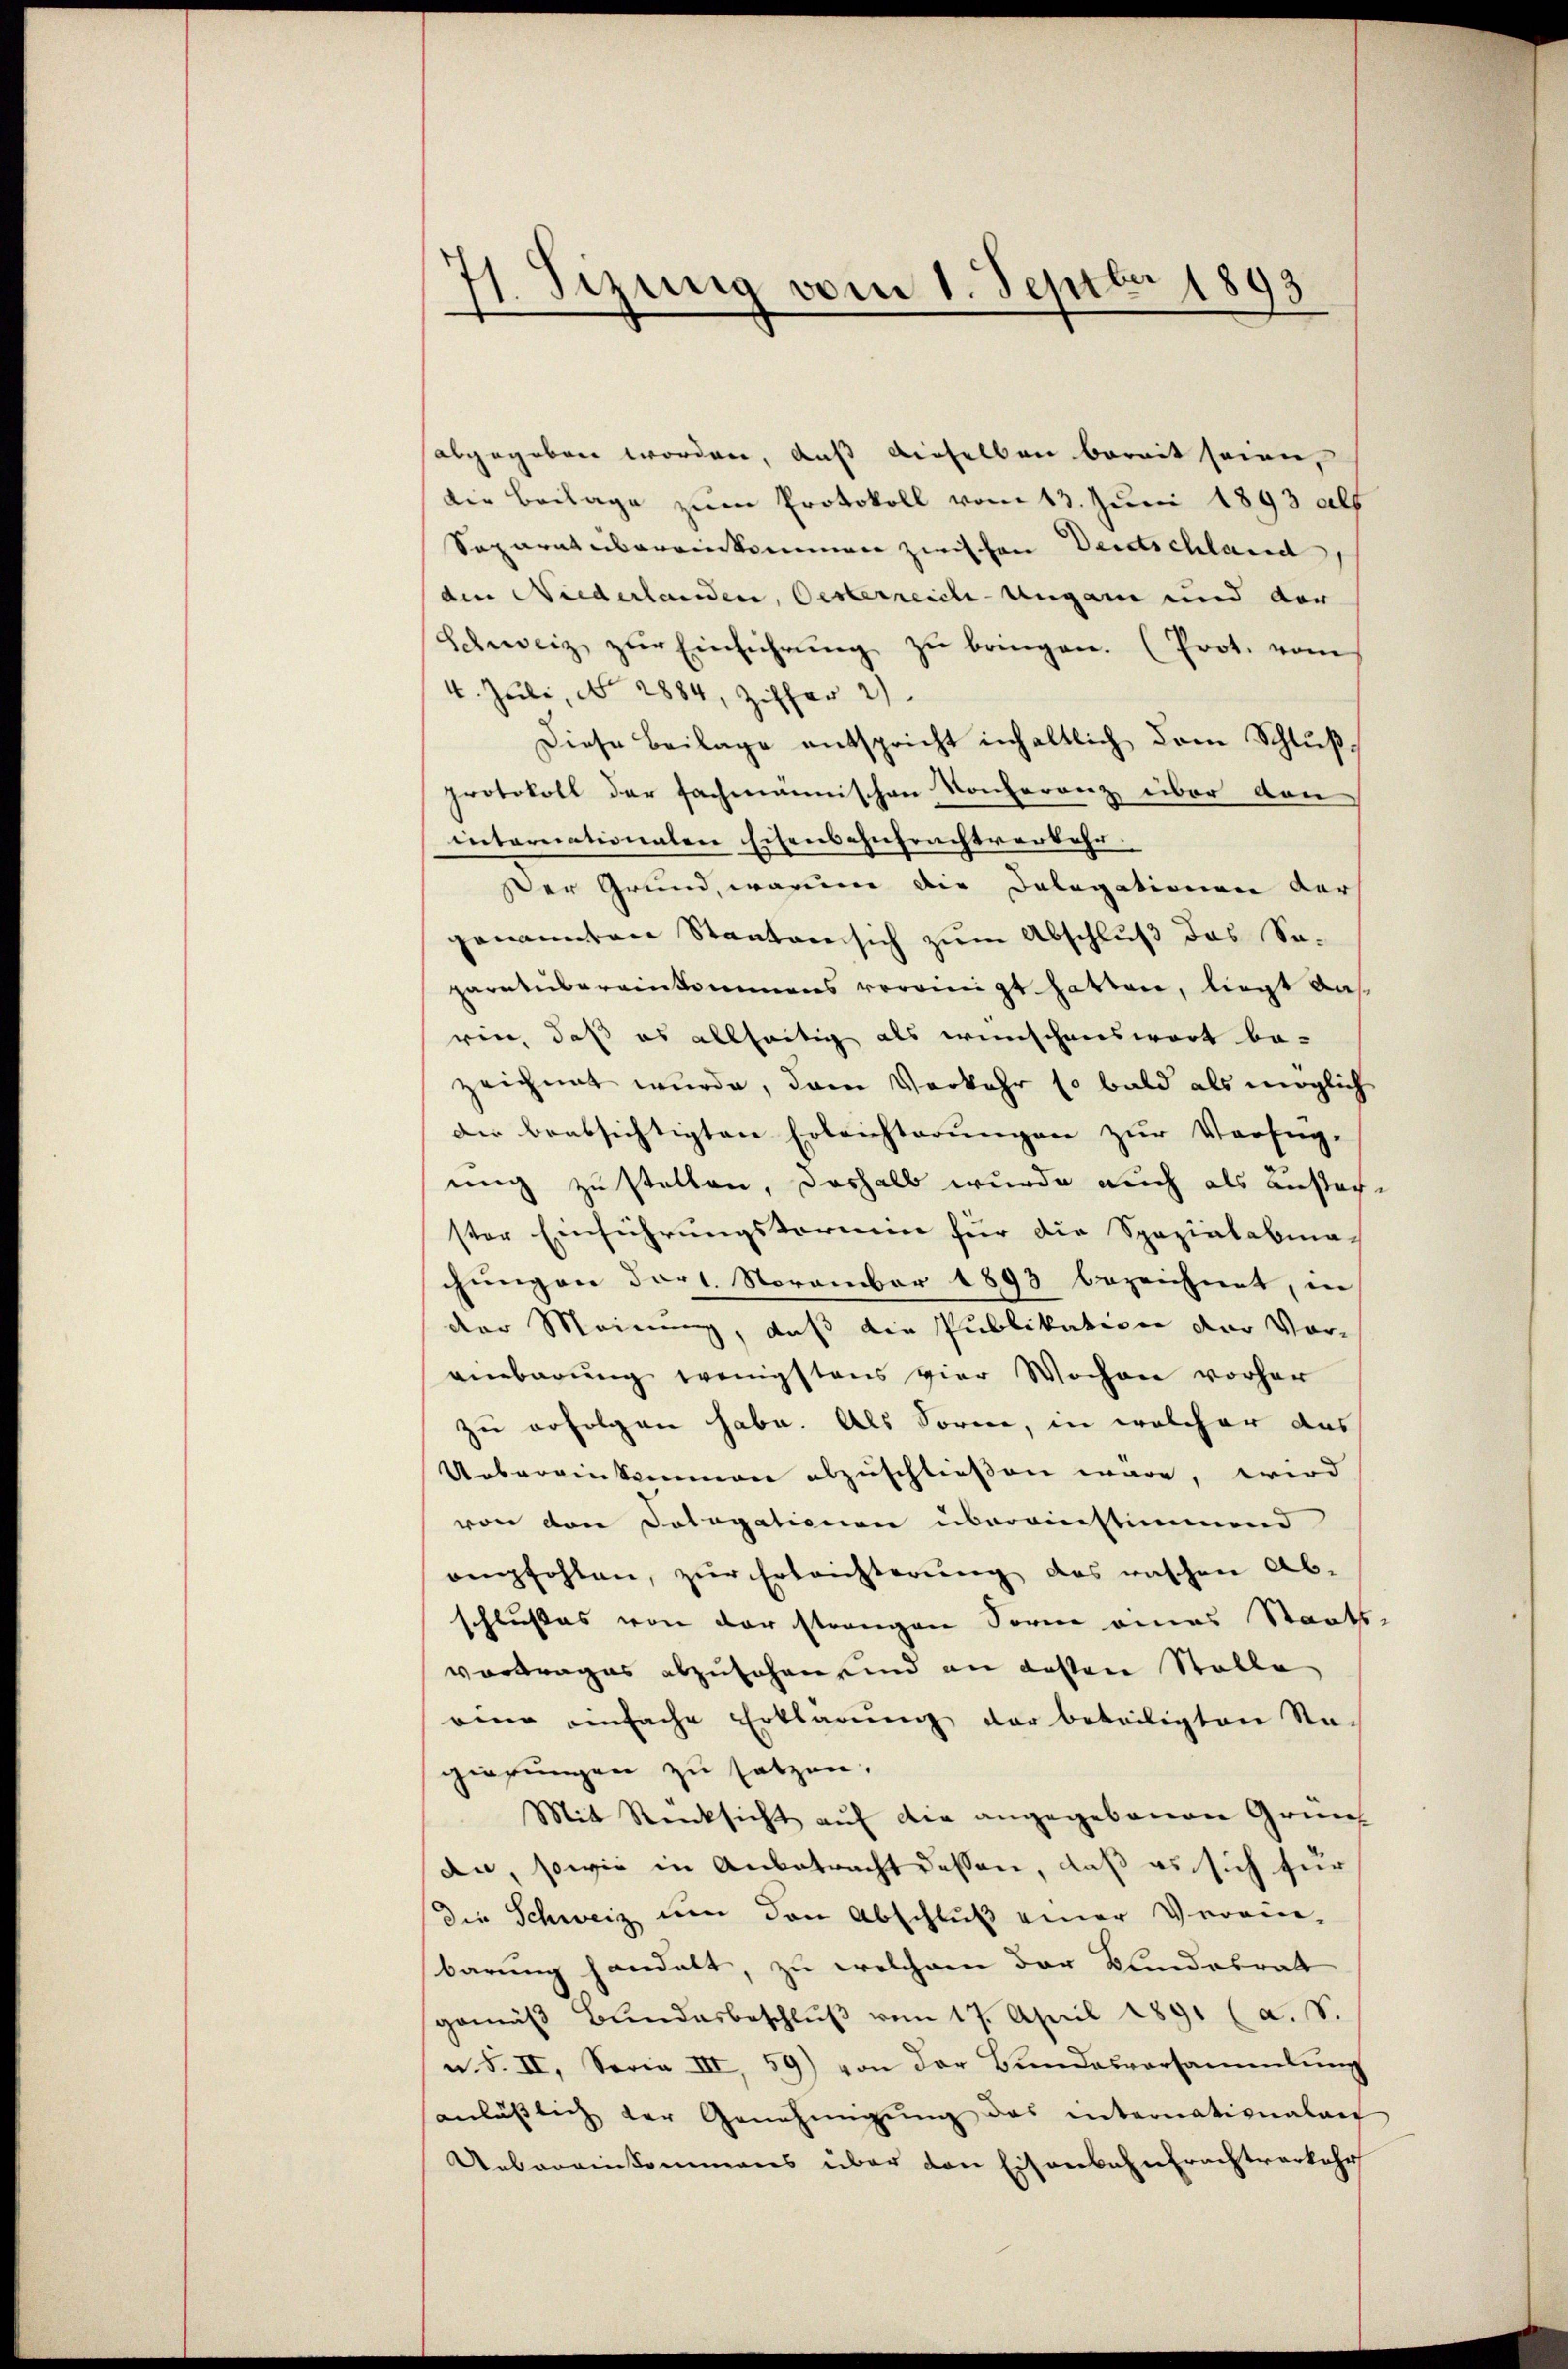
11. Sezung vom 1. Septbr 1893
.

abgegeben worden, daß dieselben bereit seien,
die Beilage zum Protokoll vom 13. Juni 1893 als
Separat übereinkommen zwischen Deutschland,
die Niederlanden, Oesterreich-Ungan und der
Schweiz zŭr Einführŭng zŭ bringen. (Prot. vom
4. Juli, No 2884, Ziffer 2
Diese Beilage entspricht inhaltlich dem Schlußprotokoll der fachmännischen Konferenz über den
internationalen Eisensantrachtverkehr.
Der Grund, warum die Delegationen der
genannten Staaten sich zum Abschluß das Se-
paratübereinkommens vereinigt hatten, liegt das
rin, daß es allseitig als wünschenswert be-
zeichnet wurde, dem Verkehr so bald als möglich
die beabsichtigten Erleichterungen zur Verfüg-
ung zu stellen, deshalb wurde auch als Ausar-
ster Einführungskommin für die Spezialabina
chungen dort. November 1893 bezeichnet, in
der Meinung, daß die Publikation der Vor-
einbarŭng wenigstens vier Wochen vorher
zu erfolgen habe. Als Sorne, in welcher das
Uebereinkommen abzuschließen wäre, wird
von von Sologationen übereinstimmend
empfohlen, zŭr Erleichterung des raschen Ab-
schlusses von der strangen Sonne eines Staats-
vortrages abzusehen und an desten Stolle
eine einfache Erklärung der beteiligten Na-
gierungen zu setzen.
Mit Rücksicht auf die angegebenen Gründ
dn, sowie in Anbetracht dessen, daß es sich für
die Schweiz um den Abschluß einer Verein-
barung handelt, zu welchem der Kundesrath
gemäβ Bŭndesbeschlŭβ vom 17. April 1891 (a. S.
u. S. II, Sovia III, 59) von der Bŭndesversammlung
anlässlich der Genehmigŭng das internationalan
Uebereinkommens über den Eisenbahn Frachtverkehr